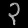
Digit: ၃